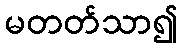
မတတ်သာ၍